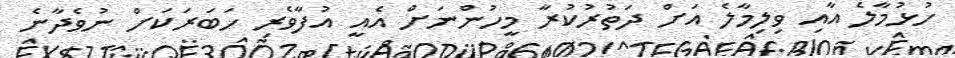
ހުޅުމާލެ އާއި ވިލިމާލެ އަށް ދަތުރުކުރާ މީހުންނަށް އެއީ އުފާވެރި ހަބަރަކަށް ނުވެދާނެ